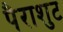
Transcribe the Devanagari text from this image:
पैराशुट